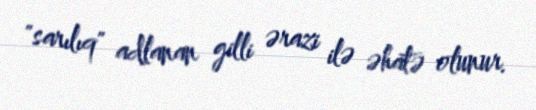
"sarılıq" adlanan gilli ərazi ilə əhatə olunur.